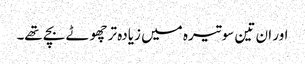
اور ان تین سو تیرہ میں زیادہ تر چھوٹے بچے تھے۔